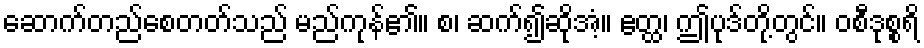
ဆောက်တည်စေတတ်သည် မည်ကုန်၏။ စ၊ ဆက်၍ဆိုအံ့။ ဧတ္ထ၊ ဤပုဒ်တို့တွင်။ ဝစီဒုစ္စရိ